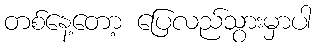
တစ်နေ့တော့ ပြေလည်သွားမှာပါ